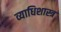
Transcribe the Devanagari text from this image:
व्याधिशास्त्र